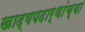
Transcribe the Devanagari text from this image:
खाद्यपदार्थांच्या